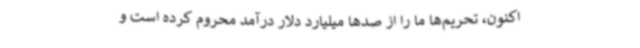
اکنون، تحریم‌ها ما را از صدها میلیارد دلار درآمد محروم کرده است و